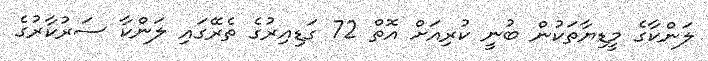
ލަންކާގެ މީޑިޔާތަކުން ބުނީ ކުރިއަށް އޮތް 72 ގަޑިއިރުގެ ތެރޭގައި ލަންކާ ސަރުކާރުގެ